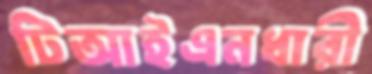
টিআইএনধারী